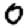
Digit: 0